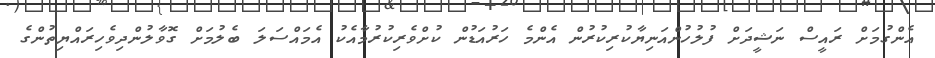
އެންގުމަށް ރައީސް ނަޝީދަށް ފުލުހުންއަނިޔާކުރިކުރުން އެންމެ ހަރުއަޑުން ކުށްވެރިކުރުމާއެކު އެމައްސަލަ ބެލުމަށް ގޮވާލުންދިވެހިރައްޔިތުންގެ